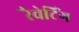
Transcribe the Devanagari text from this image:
रैचेटिंग